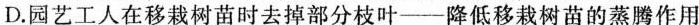
D.园艺工人在移栽树苗时去掉部分枝叶——降低移栽树苗的蒸腾作用